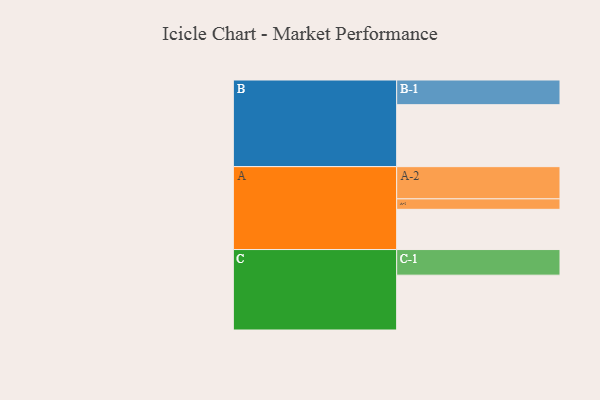
{"axis": {"x": "Segment", "y": "Value"}, "legend": ["", "A", "B", "C"], "data": [{"x": "A", "y": 311, "type": ""}, {"x": "B", "y": 479, "type": ""}, {"x": "C", "y": 424, "type": ""}, {"x": "A-1", "y": 81, "type": "A"}, {"x": "A-2", "y": 249, "type": "A"}, {"x": "B-1", "y": 191, "type": "B"}, {"x": "C-1", "y": 198, "type": "C"}]}